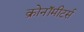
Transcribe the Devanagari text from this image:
क्रोनॉमीटर्स